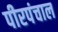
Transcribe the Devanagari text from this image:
पीरपंचाल